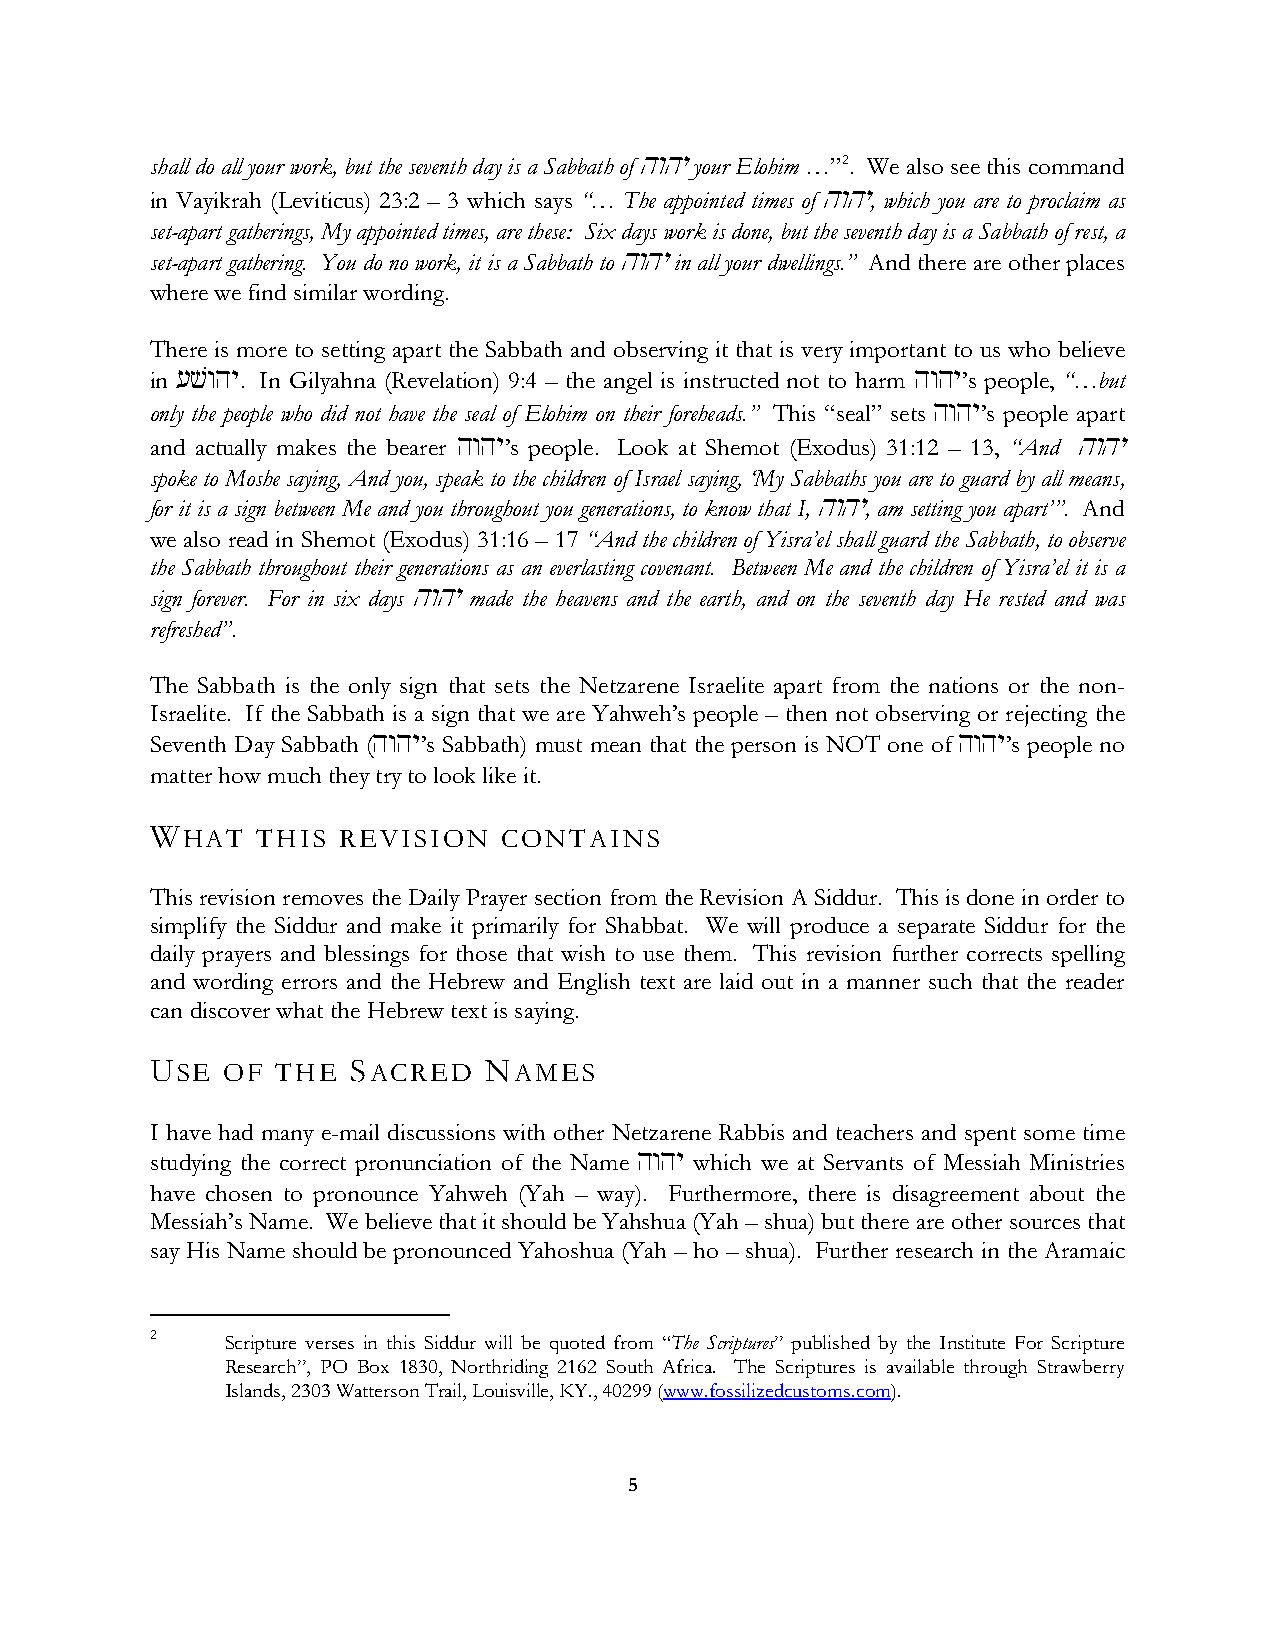
shall do all your work, but the seventh day is a Sabbath of hwhy your Elohim …”2. We also see this command
 in Vayikrah (Leviticus) 23:2 – 3 which says “… The appointed times of hwhy, which you are to proclaim as
 set-apart gatherings, My appointed times, are these: Six days work is done, but the seventh day is a Sabbath of rest, a
 set-apart gathering. You do no work, it is a Sabbath to hwhy in all your dwellings.” And there are other places
 where we find similar wording.
 There is more to setting apart the Sabbath and observing it that is very important to us who believe
 in [vwhy. In Gilyahna (Revelation) 9:4 – the angel is instructed not to harm hwhy’s people, “…but
 only the people who did not have the seal of Elohim on their foreheads.” This “seal” sets hwhy’s people apart
 and actually makes the bearer hwhy’s people. Look at Shemot (Exodus) 31:12 – 13, “And hwhy
 spoke to Moshe saying, And you, speak to the children of Israel saying, ‘My Sabbaths you are to guard by all means,
 for it is a sign between Me and you throughout you generations, to know that I, hwhy, am setting you apart’”. And
 we also read in Shemot (Exodus) 31:16 – 17 “And the children of Yisra’el shall guard the Sabbath, to observe
 the Sabbath throughout their generations as an everlasting covenant. Between Me and the children of Yisra’el it is a
 sign forever. For in six days hwhy made the heavens and the earth, and on the seventh day He rested and was
 refreshed”.
 The Sabbath is the only sign that sets the Netzarene Israelite apart from the nations or the non-
 Israelite. If the Sabbath is a sign that we are Yahweh’s people – then not observing or rejecting the
 Seventh Day Sabbath (hwhy’s Sabbath) must mean that the person is NOT one of hwhy’s people no
 matter how much they try to look like it.
 WHAT   THIS REVISION   CONTAINS
 This revision removes the Daily Prayer section from the Revision A Siddur. This is done in order to
 simplify the Siddur and make it primarily for Shabbat. We will produce a separate Siddur for the
 daily prayers and blessings for those that wish to use them. This revision further corrects spelling
 and wording errors and the Hebrew and English text are laid out in a manner such that the reader
 can discover what the Hebrew text is saying.
 USE  OF THE  SACRED   NAMES
 I have had many e-mail discussions with other Netzarene Rabbis and teachers and spent some time
 studying the correct pronunciation of the Name hwhy which we at Servants of Messiah Ministries
 have chosen to pronounce Yahweh (Yah – way). Furthermore, there is disagreement about the
 Messiah’s Name. We believe that it should be Yahshua (Yah – shua) but there are other sources that
 say His Name should be pronounced Yahoshua (Yah – ho – shua). Further research in the Aramaic
 2    Scripture verses in this Siddur will be quoted from “The Scriptures” published by the Institute For Scripture
 Research”, PO Box 1830, Northriding 2162 South Africa. The Scriptures is available through Strawberry
 Islands, 2303 Watterson Trail, Louisville, KY., 40299 (www.fossilizedcustoms.com).
 5